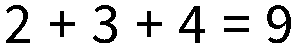
2 + 3 + 4 = 9